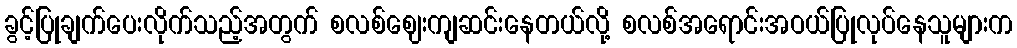
ခွင့်ပြုချက်ပေးလိုက်သည့်အတွက် စလစ်ဈေးကျဆင်းနေတယ်လို့ စလစ်အရောင်းအဝယ်ပြုလုပ်နေသူများက